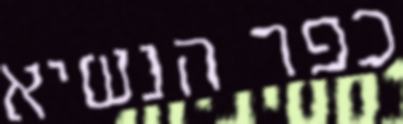
כפר הנשיא